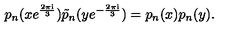
p _ { n } ( x e ^ { \frac { 2 \pi \mathrm { i } } { 3 } } ) \tilde { p } _ { n } ( y e ^ { - \frac { 2 \pi \mathrm { i } } { 3 } } ) = p _ { n } ( x ) p _ { n } ( y ) .